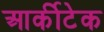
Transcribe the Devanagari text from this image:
आर्कीटेक